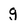
Character: g